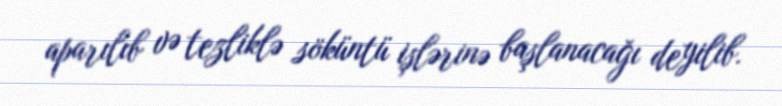
aparılıb və tezliklə söküntü işlərinə başlanacağı deyilib.